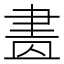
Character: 𦘕